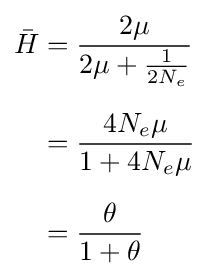
{\begin{aligned}{\bar {H}}&={\frac {2\mu }{2\mu +{\frac {1}{2N_{e}}}}}\\[6pt]&={\frac {4N_{e}\mu }{1+4N_{e}\mu }}\\[6pt]&={\frac {\theta }{1+\theta }}\end{aligned}}